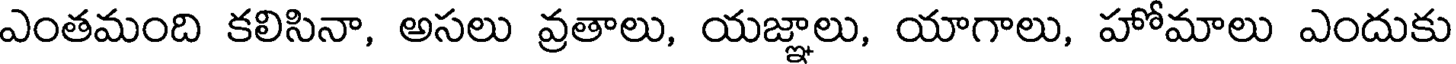
ఎంతమంది కలిసినా, అసలు వ్రతాలు, యజ్ఞాలు, యాగాలు, హోమాలు ఎందుకు